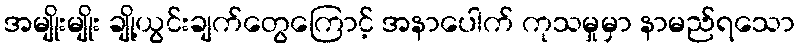
အမျိုးမျိုး ချို့ယွင်းချက်တွေကြောင့် အနာပေါက် ကုသမှုမှာ နာမည်ရသော